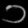
Digit: ၁